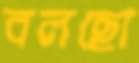
বলছো